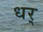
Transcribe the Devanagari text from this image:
धर्